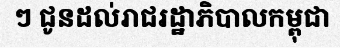
ៗ ជូនដល់រាជរដ្ឋាភិបាលកម្ពុជា